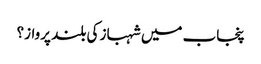
پنجاب میں شہباز کی بلند پرواز؟